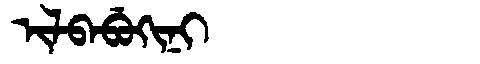
Manchu: ᡳᠯᠪᠠᠪᡠᡴᡳᠨᡳ
Romanization: ILBABUKINI